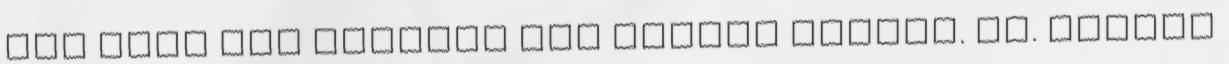
még soha nem tartott egy óránál tovább. Dr. Tuboly